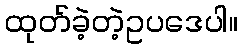
ထုတ်ခဲ့တဲ့ဥပဒေပါ။